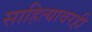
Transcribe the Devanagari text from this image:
साहित्यावरही